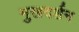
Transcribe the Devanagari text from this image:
मुखदर्शन